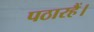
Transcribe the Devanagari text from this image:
पठारहैं।